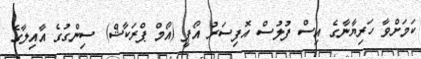
ކަމަށްވާ ހަރިޔާނާގެ އިސް ފުލުސް އޮފިސަރު އޯޕީ (އޯމް ޕްރަކާޝް) ސިންގުގެ އާއިލާގެ